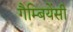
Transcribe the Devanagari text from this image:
गैम्बियेंसी